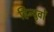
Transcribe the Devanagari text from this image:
हिन्दुवों